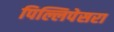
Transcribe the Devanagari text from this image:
पिल्लिपेसरा